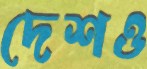
দেশও